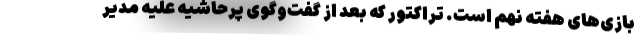
بازی‌های هفته نهم است. تراکتور که بعد از گفت‌و‌گوی پرحاشیه علیه مدیر